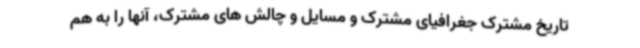
تاریخ مشترک جغرافیای مشترک و مسایل و چالش های مشترک، آنها را به هم